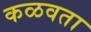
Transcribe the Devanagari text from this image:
कळवता